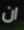
ان